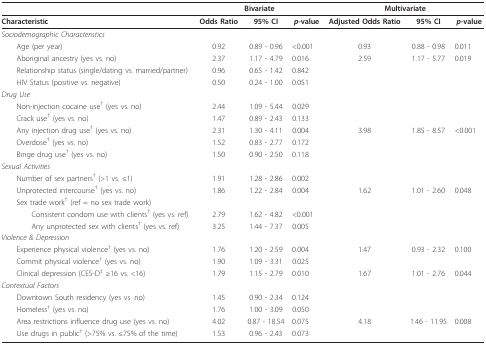
<table><thead><tr><td></td><td colspan="3"><b>Bivariate</b></td><td colspan="3"><b>Multivariate</b></td></tr></thead><tbody><tr><td><b>Characteristic</b></td><td><b>Odds Ratio</b></td><td><b>95% CI</b></td><td><b><i>p</i>-value</b></td><td><b>Adjusted Odds Ratio</b></td><td><b>95% CI</b></td><td><b><i>p</i>-value</b></td></tr><tr><td><i>Sociodemographic Characteristics</i></td><td></td><td></td><td></td><td></td><td></td><td></td></tr><tr><td> Age (per year)</td><td>0.92</td><td>0.89 - 0.96</td><td>&lt;0.001</td><td>0.93</td><td>0.88 - 0.98</td><td>0.011</td></tr><tr><td> Aboriginal ancestry (yes vs. no)</td><td>2.37</td><td>1.17 - 4.79</td><td>0.016</td><td>2.59</td><td>1.17 - 5.77</td><td>0.019</td></tr><tr><td> Relationship status (single/dating vs. married/partner)</td><td>0.96</td><td>0.65 - 1.42</td><td>0.842</td><td></td><td></td><td></td></tr><tr><td> HIV Status (positive vs. negative)</td><td>0.50</td><td>0.24 - 1.00</td><td>0.051</td><td></td><td></td><td></td></tr><tr><td><i>Drug Use</i></td><td></td><td></td><td></td><td></td><td></td><td></td></tr><tr><td> Non-injection cocaine use<sup>† </sup>(yes vs. no)</td><td>2.44</td><td>1.09 - 5.44</td><td>0.029</td><td></td><td></td><td></td></tr><tr><td> Crack use<sup>† </sup>(yes vs. no)</td><td>1.47</td><td>0.89 - 2.43</td><td>0.133</td><td></td><td></td><td></td></tr><tr><td> Any injection drug use<sup>† </sup>(yes vs. no)</td><td>2.31</td><td>1.30 - 4.11</td><td>0.004</td><td>3.98</td><td>1.85 - 8.57</td><td>&lt;0.001</td></tr><tr><td> Overdose<sup>† </sup>(yes vs. no)</td><td>1.52</td><td>0.83 - 2.77</td><td>0.172</td><td></td><td></td><td></td></tr><tr><td> Binge drug use<sup>† </sup>(yes vs. no)</td><td>1.50</td><td>0.90 - 2.50</td><td>0.118</td><td></td><td></td><td></td></tr><tr><td><i>Sexual Activities</i></td><td></td><td></td><td></td><td></td><td></td><td></td></tr><tr><td> Number of sex partners<sup>† </sup>(&gt;1 vs. ≤1)</td><td>1.91</td><td>1.28 - 2.86</td><td>0.002</td><td></td><td></td><td></td></tr><tr><td> Unprotected intercourse<sup>† </sup>(yes vs. no)</td><td>1.86</td><td>1.22 - 2.84</td><td>0.004</td><td>1.62</td><td>1.01 - 2.60</td><td>0.048</td></tr><tr><td> Sex trade work<sup>† </sup>(ref = no sex trade work)</td><td></td><td></td><td></td><td></td><td></td><td></td></tr><tr><td>Consistent condom use with clients<sup>† </sup>(yes vs. ref)</td><td>2.79</td><td>1.62 - 4.82</td><td>&lt;0.001</td><td></td><td></td><td></td></tr><tr><td>Any unprotected sex with clients<sup>† </sup>(yes vs. ref)</td><td>3.25</td><td>1.44 - 7.37</td><td>0.005</td><td></td><td></td><td></td></tr><tr><td><i>Violence &amp; Depression</i></td><td></td><td></td><td></td><td></td><td></td><td></td></tr><tr><td> Experience physical violence<sup>† </sup>(yes vs. no)</td><td>1.76</td><td>1.20 - 2.59</td><td>0.004</td><td>1.47</td><td>0.93 - 2.32</td><td>0.100</td></tr><tr><td> Commit physical violence<sup>† </sup>(yes vs. no)</td><td>1.90</td><td>1.09 - 3.31</td><td>0.025</td><td></td><td></td><td></td></tr><tr><td> Clinical depression (CES-D<sup>‡ </sup>≥16 vs. &lt;16)</td><td>1.79</td><td>1.15 - 2.79</td><td>0.010</td><td>1.67</td><td>1.01 - 2.76</td><td>0.044</td></tr><tr><td colspan="7"><i>Contextual Factors</i></td></tr><tr><td> Downtown South residency (yes vs. no)</td><td>1.45</td><td>0.90 - 2.34</td><td>0.124</td><td></td><td></td><td></td></tr><tr><td> Homeless<sup>† </sup>(yes vs. no)</td><td>1.76</td><td>1.00 - 3.09</td><td>0.050</td><td></td><td></td><td></td></tr><tr><td> Area restrictions influence drug use (yes vs. no)</td><td>4.02</td><td>0.87 - 18.54</td><td>0.075</td><td>4.18</td><td>1.46 - 11.95</td><td>0.008</td></tr><tr><td> Use drugs in public<sup>† </sup>(&gt;75% vs. ≤75% of the time)</td><td>1.53</td><td>0.96 - 2.43</td><td>0.073</td><td></td><td></td><td></td></tr></tbody></table>